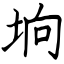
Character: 垧